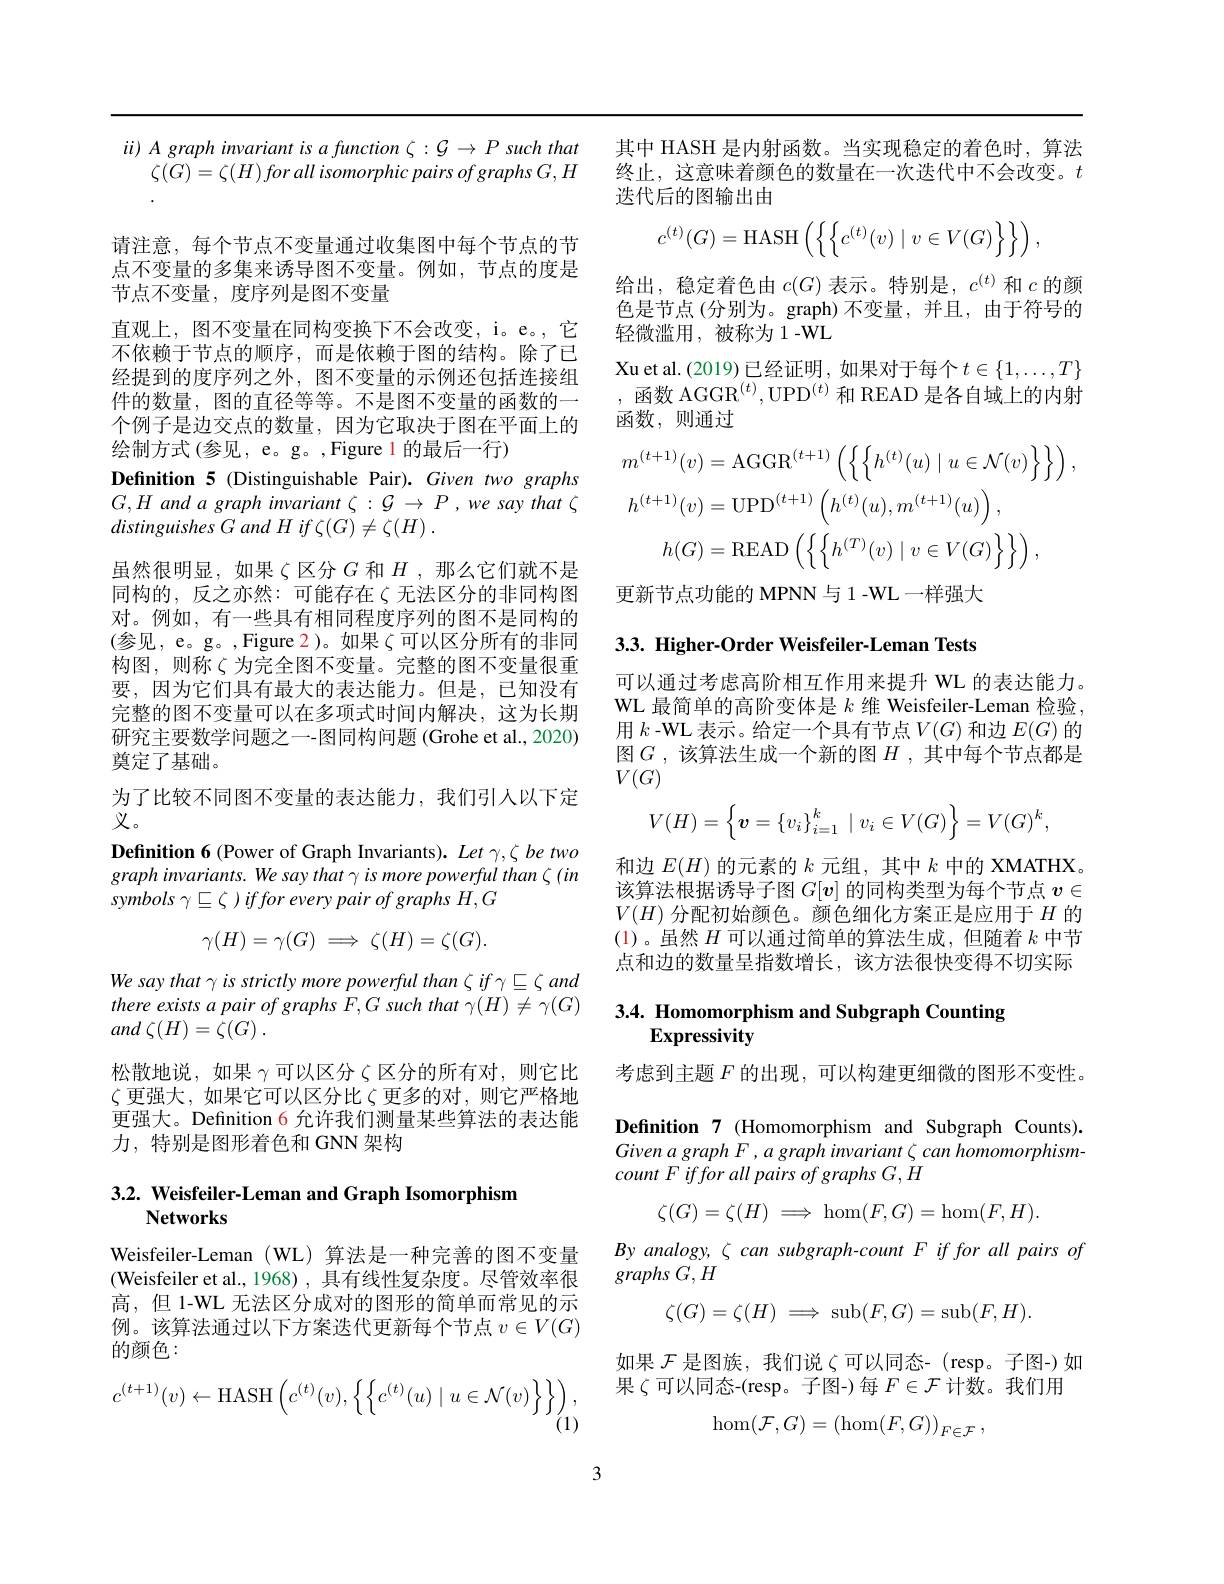
其中 HASH 是内射函数。当实现稳定的着色时，算法终止，这意味着颜色的数量在一次迭代中不会改变。$t$ 迭代后的图输出由
$$c^{(t)}(G)=\text{HASH}\left(\left\{\left\{c^{(t)}(v)\mid v\in V(G)\right\}\right\}\right),$$
给出，稳定着色由$c(G)$表示。特别是，$c^(t)$和$c$的颜色是节点(分别为。graph)不变量，并且，由于符号的轻微滥用，被称为1-WL
Xu et al. (2019)已经证明，如果对于每个$t\in\{1,\ldots,T\}$ ,函数 AGGR$^(t)$,UPD$^(t)$和 READ 是各自域上的内射函数，则通过
$$\begin{aligned}m^{(t+1)}(v)&=\mathrm{AGGR}^{(t+1)}\left(\left\{\left\{h^{(t)}(u)\mid u\in\mathcal{N}(v)\right\}\right\}\right),\\h^{(t+1)}(v)&=\mathrm{UPD}^{(t+1)}\left(h^{(t)}(u),m^{(t+1)}(u)\right),\\h(G)&=\mathrm{READ}\left(\left\{\left\{h^{(T)}(v)\mid v\in V(G)\right\}\right\}\right),\end{aligned}$$
更新节点功能的 MPNN 与 1 -WL 一样强大

$ii) \textit{ A graph invariant is a function }\zeta : \mathcal{G} \to P$ such that
$\zeta ( G) = \zeta ( H) \textit{for all isomorphic pairs of graphs G}, H$

请注意，每个节点不变量通过收集图中每个节点的节点不变量的多集来诱导图不变量。例如，节点的度是节点不变量，度序列是图不变量
直观上，图不变量在同构变换下不会改变，i。e。,它不依赖于节点的顺序，而是依赖于图的结构。除了已经提到的度序列之外，图不变量的示例还包括连接组件的数量，图的直径等等。不是图不变量的函数的一个例子是边交点的数量，因为它取决于图在平面上的绘制方式 (参见，e。g。,Figure 1 的最后一行)
Definition 5 (Distinguishable Pair). Given two graphs $G,H$ and a graph invariant $\zeta:\mathcal{G}\to P$ , we say that $\zeta$ $distinguishes~G~and~H~if~\zeta(G)\neq\zeta(H)~.$
虽然很明显，如果$\zeta$区分$G$ 和$H$,那么它们就不是同构的，反之亦然：可能存在$\zeta$无法区分的非同构图对。例如，有一些具有相同程度序列的图不是同构的(参见，e。g。,Figure 2)。如果 $\zeta$可以区分所有的非同构图，则称$\zeta$为完全图不变量。完整的图不变量很重要，因为它们具有最大的表达能力。但是，已知没有完整的图不变量可以在多项式时间内解决，这为长期研究主要数学问题之一-图同构问题 (Grohe et al., 2020) 奠定了基础。
为了比较不同图不变量的表达能力，我们引人以下定
义。
Definition 6 (Power of Graph Invariants). Let $\gamma,\zeta$ be two $graphinvariants.Wesaythat\gamma ismorepowerfulthan\zeta(in)$ symbols $\gamma\subseteq\zeta$ )iffor every pair of graphs $H,G$
$$\gamma(H)=\gamma(G)\implies\zeta(H)=\zeta(G).$$
We say that $\gamma$ is strictly more powerful than $\zeta$ if $\gamma\subseteq\zeta$ and there exists a pair of graphs F,G such that $\gamma(H)\neq\gamma(G)$ and $\zeta ( H) = \zeta ( G)$ .

松散地说，如果$\gamma$可以区分$\zeta$区分的所有对，则它比$\zeta$ 更强大，如果它可以区分比$\zeta$ 更多的对，则它严格地更强大。Definition 6 允许我们测量某些算法的表达能力，特别是图形着色和 GNN 架构

# 3.2. Weisfeiler-Leman and Graph Isomorphism Networks

Weisfeiler-Leman (WL) 算法是一种完善的图不变量(Weisfeiler et al., 1968) , 具有线性复杂度。尽管效率很高，但 1-WL 无法区分成对的图形的简单而常见的示例。该算法通过以下方案迭代更新每个节点$v\in V(G)$ 的颜色：
$$c^{(t+1)}(v)\leftarrow\mathrm{HASH}\left(c^{(t)}(v),\left\{\left\{c^{(t)}(u)\mid u\in\mathcal{N}(v)\right\}\right\}\right),\\(1)$$
3.3. Higher-Order Weisfeiler-Leman Tests

可以通过考虑高阶相互作用来提升 WL 的表达能力。WL 最简单的高阶变体是$k$维 Weisfeiler-Leman 检验用$k$ -WL 表示。给定一个具有节点$V(G)$和边$E(G)$的图$G$ ,该算法生成一个新的图 $H$ ,其中每个节点都是$V(G)$
$$V(H)=\left\{\boldsymbol{v}=\left\{v_i\right\}_{i=1}^k\mid v_i\in V(G)\right\}=V(G)^k,$$
和边$E(H)$的元素的$k$元组，其中$k$中的 XMATHX。该算法根据诱导子图$G[v]$的同构类型为每个节点$v\in$ $V(H)$分配初始颜色。颜色细化方案正是应用于$H$的(1)。虽然$H$可以通过简单的算法生成，但随着$k$中节点和边的数量呈指数增长，该方法很快变得不切实际

# 3.4. Homomorphism and Subgraph Counting $\mathbf{Expressivity}$

考虑到主题$F$的出现，可以构建更细微的图形不变性。Definition 7 (Homomorphism and Subgraph Counts). Given a graph F , a graph invariant ζ can homomorphism- $count~F~iffor~all~pairs~of~graphs~G,\stackrel{\mathrm{o}}{H}$
$$\zeta(G)=\zeta(H)\implies\hom(F,G)=\hom(F,H).$$
$By$ analogy, $\zeta$ can subgraph-count F if for all pairs of
graphs $G,H$
$$\zeta(G)=\zeta(H)\implies\sinh(F,G)=\sinh(F,H).$$
如果$\mathcal{F}$是图族，我们说$\zeta$可以同态- (resp。子图-)如果$\zeta$可以同态-(resp。子图-)每$F\in\mathcal{F}$计数。我们用
$$\hom(\mathcal{F},G)=\left(\hom(F,G)\right)_{F\in\mathcal{F}},$$
3